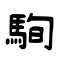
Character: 駨